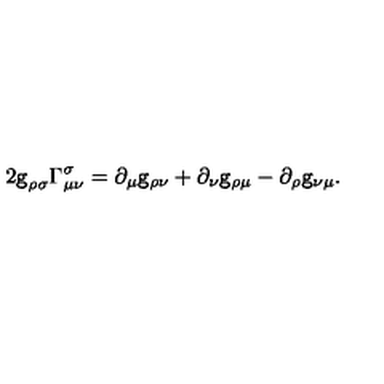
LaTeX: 2 { \tt g } _ { \rho \sigma } \Gamma _ { \mu \nu } ^ { \sigma } = \partial _ { \mu } { \tt g } _ { \rho \nu } + \partial _ { \nu } { \tt g } _ { \rho \mu } - \partial _ { \rho } { \tt g } _ { \nu \mu } .